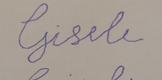
Signature authenticity: forged